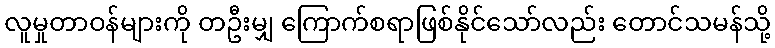
လူမှုတာဝန်များကို တဦးမျှ ကြောက်စရာဖြစ်နိုင်သော်လည်း တောင်သမန်သို့